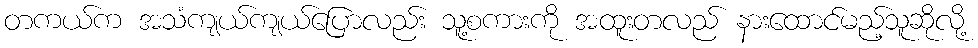
တကယ်က အသံကျယ်ကျယ်ပြောလည်း သူ့စကားကို အထူးတလည် နားထောင်မည့်သူဆိုလို့